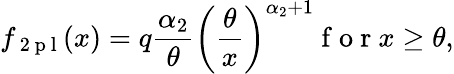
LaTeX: f_{\mathrm{~2~p~l~}}(x)=q\frac{\alpha_{2}}{\theta}\left(\frac\theta x\right)^{\alpha_{2}+1}\mathrm{~f~o~r~}x\ge\theta,